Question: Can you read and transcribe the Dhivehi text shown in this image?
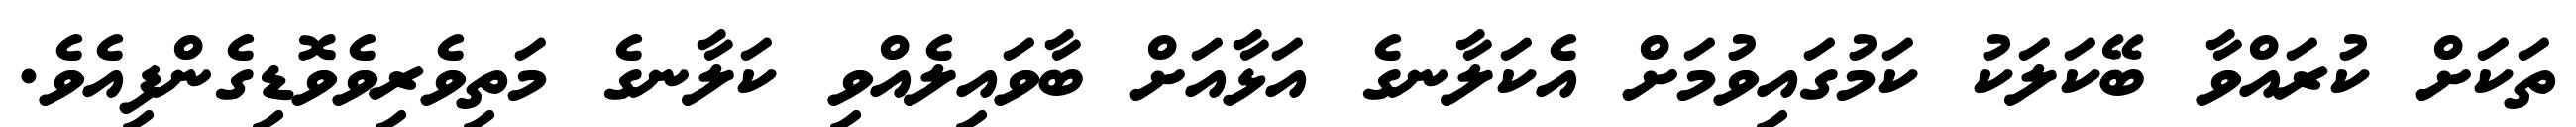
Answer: ތަކަށް ކުރައްވާ ބޭކަލަކު ކަމުގައިވުމަށް އެކަލާނގެ އަޅާއަށް ބާވައިލެއްވި ކަލާނގެ މަތިވެރިވެވޮޑިގެންފިއެވެ.